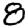
Digit: 8